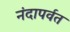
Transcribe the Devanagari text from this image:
नंदापर्वत